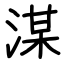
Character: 湈